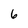
Character: 6